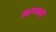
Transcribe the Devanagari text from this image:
काण्णव